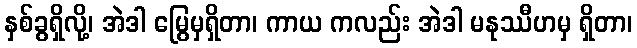
နှစ်ခွရှိလို့၊ အဲဒါ မြွေမှရှိတာ၊ ကာယ ကလည်း အဲဒါ မနုဿီဟမှ ရှိတာ၊